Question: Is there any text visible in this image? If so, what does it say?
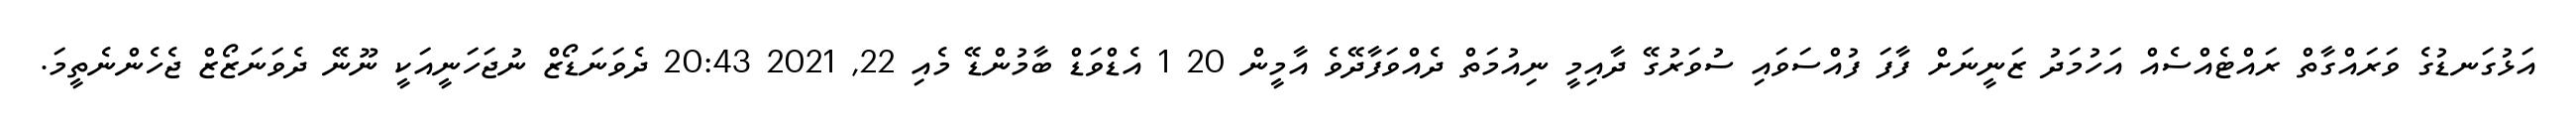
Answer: އަޅުގަނޑުގެ ވަރައްގާތް ރައްޓެއްސެއް އަހުމަދު ޒަނީނަށް ފާފަ ފުއްސަވައި ސުވަރުގޭ ދާއިމީ ނިއުމަތް ދެއްވަފާދޭވެ އާމީން 20 1 އެޑްވަޑް ބާމުންޑޭ މެއި 22, 2021 20:43 ދެވަނަޑޯޒް ނުޖަހަނީއަކީ ނޫނޭ ދެވަނަޒޯޒް ޖެހެންނެތީމަ.